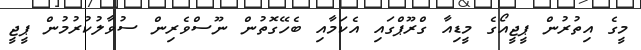
މީގެ އިތުރުން ޕީޖީއޯގެ މީޑިއާ ގްރޫޕްގައި އެކަމާއި ބެހޭގޮތުން ނޫސްވެރިން ސުވާލުކުރުމުން ޕީޖީ